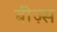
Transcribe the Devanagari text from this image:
बीज़्स